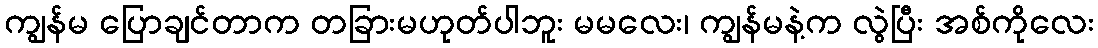
ကျွန်မ ပြောချင်တာက တခြားမဟုတ်ပါဘူး မမလေး၊ ကျွန်မနဲ့က လွဲပြီး အစ်ကိုလေး